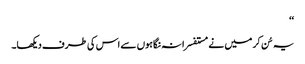
‘‘
یہ سُن کر میں نے مستفسرانہ نگاہوں سے اس کی طرف دیکھا۔